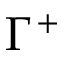
\Gamma ^ { + }